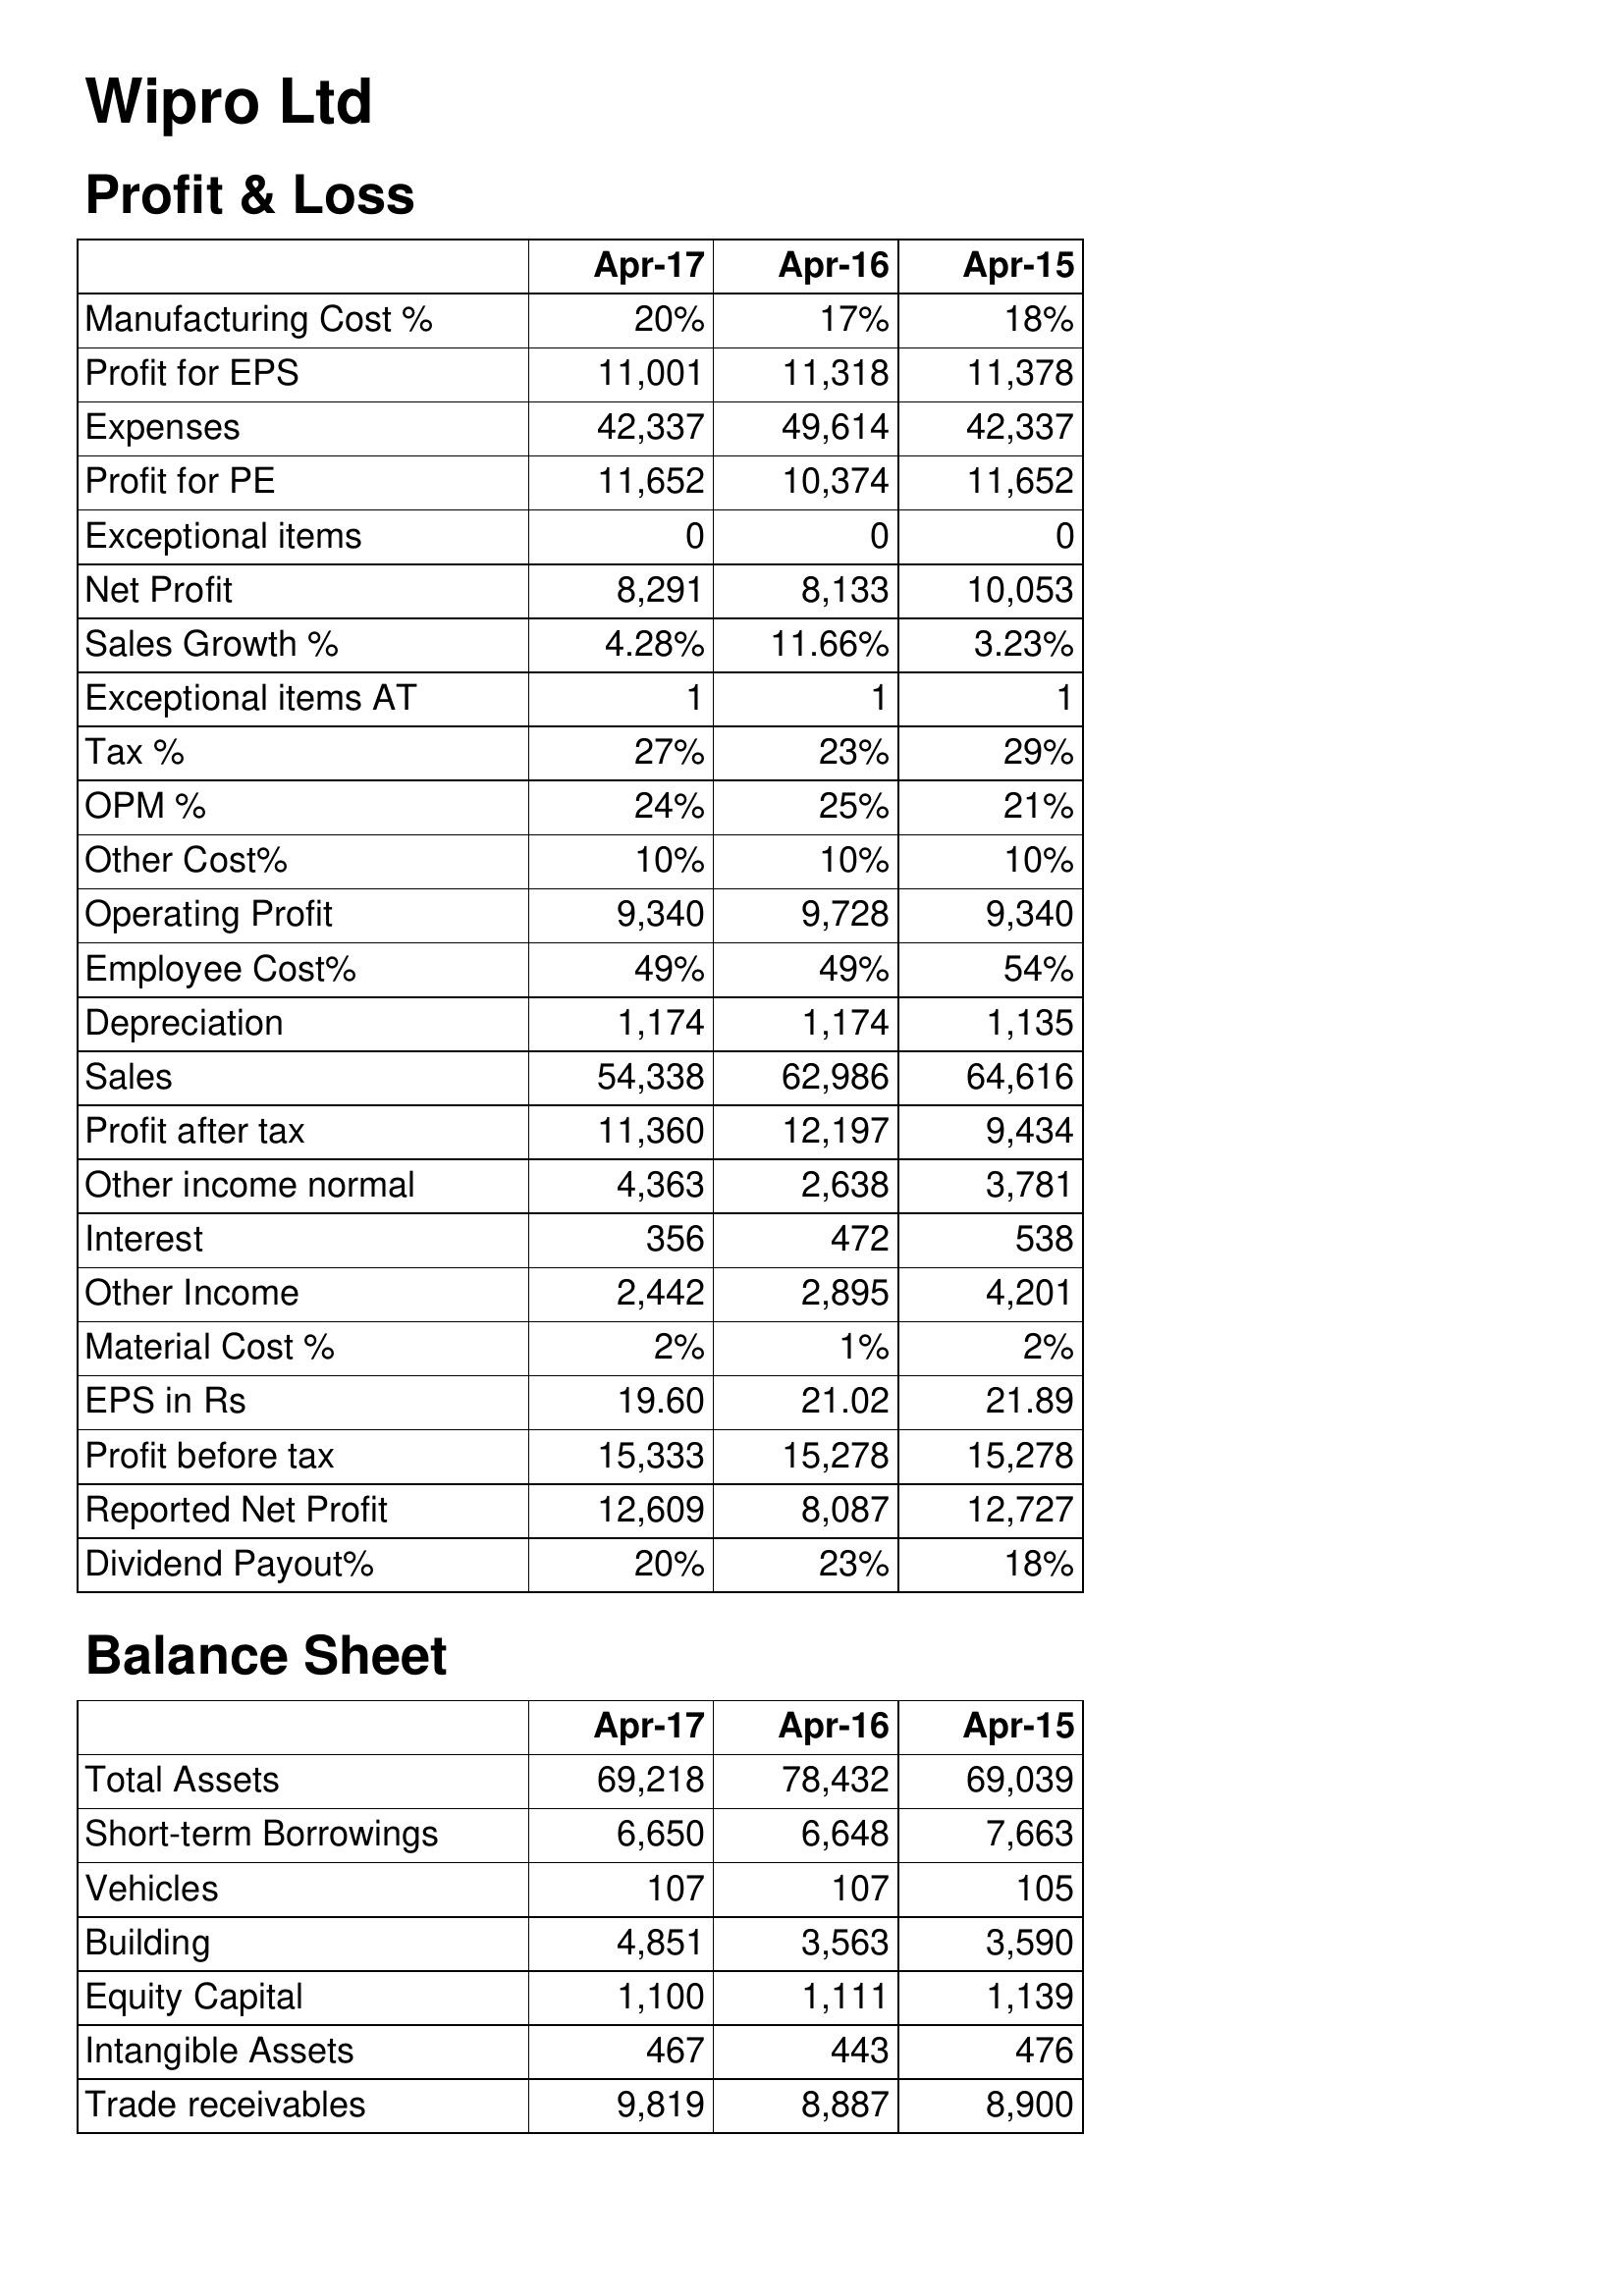
Apr-17: Profit & Loss: Manufacturing Cost %: 20%
Profit for EPS: 11,001
Expenses: 42,337
Profit for PE: 11,652
Exceptional items: 0
Net Profit: 8,291
Sales Growth %: 4.28%
Exceptional items AT: 1
Tax %: 27%
OPM %: 24%
Other Cost%: 10%
Operating Profit: 9,340
Employee Cost%: 49%
Depreciation: 1,174
Sales: 54,338
Profit after tax: 11,360
Other income normal: 4,363
Interest: 356
Other Income: 2,442
Material Cost %: 2%
EPS in Rs: 19.60
Profit before tax: 15,333
Reported Net Profit: 12,609
Dividend Payout%: 20%
Balance Sheet: Total Assets: 69,218
Short-term Borrowings: 6,650
Vehicles: 107
Building: 4,851
Equity Capital: 1,100
Intangible Assets: 467
Trade receivables: 9,819
Apr-16: Profit & Loss: Manufacturing Cost %: 17%
Profit for EPS: 11,318
Expenses: 49,614
Profit for PE: 10,374
Exceptional items: 0
Net Profit: 8,133
Sales Growth %: 11.66%
Exceptional items AT: 1
Tax %: 23%
OPM %: 25%
Other Cost%: 10%
Operating Profit: 9,728
Employee Cost%: 49%
Depreciation: 1,174
Sales: 62,986
Profit after tax: 12,197
Other income normal: 2,638
Interest: 472
Other Income: 2,895
Material Cost %: 1%
EPS in Rs: 21.02
Profit before tax: 15,278
Reported Net Profit: 8,087
Dividend Payout%: 23%
Balance Sheet: Total Assets: 78,432
Short-term Borrowings: 6,648
Vehicles: 107
Building: 3,563
Equity Capital: 1,111
Intangible Assets: 443
Trade receivables: 8,887
Apr-15: Profit & Loss: Manufacturing Cost %: 18%
Profit for EPS: 11,378
Expenses: 42,337
Profit for PE: 11,652
Exceptional items: 0
Net Profit: 10,053
Sales Growth %: 3.23%
Exceptional items AT: 1
Tax %: 29%
OPM %: 21%
Other Cost%: 10%
Operating Profit: 9,340
Employee Cost%: 54%
Depreciation: 1,135
Sales: 64,616
Profit after tax: 9,434
Other income normal: 3,781
Interest: 538
Other Income: 4,201
Material Cost %: 2%
EPS in Rs: 21.89
Profit before tax: 15,278
Reported Net Profit: 12,727
Dividend Payout%: 18%
Balance Sheet: Total Assets: 69,039
Short-term Borrowings: 7,663
Vehicles: 105
Building: 3,590
Equity Capital: 1,139
Intangible Assets: 476
Trade receivables: 8,900